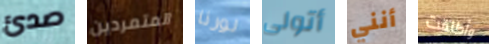
صدئ المتمردين لورنا أتولى أنني وأطلقت